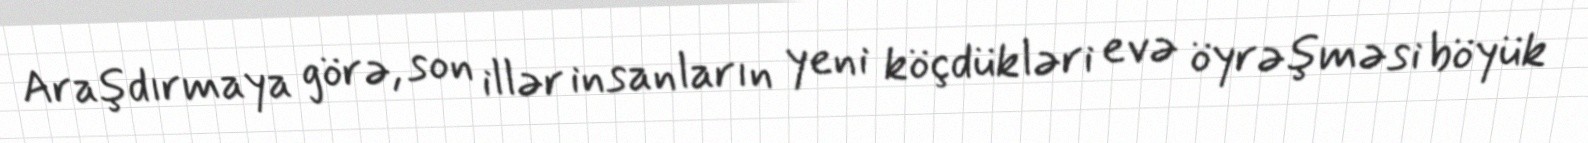
Araşdırmaya görə, son illər insanların yeni köçdükləri evə öyrəşməsi böyük